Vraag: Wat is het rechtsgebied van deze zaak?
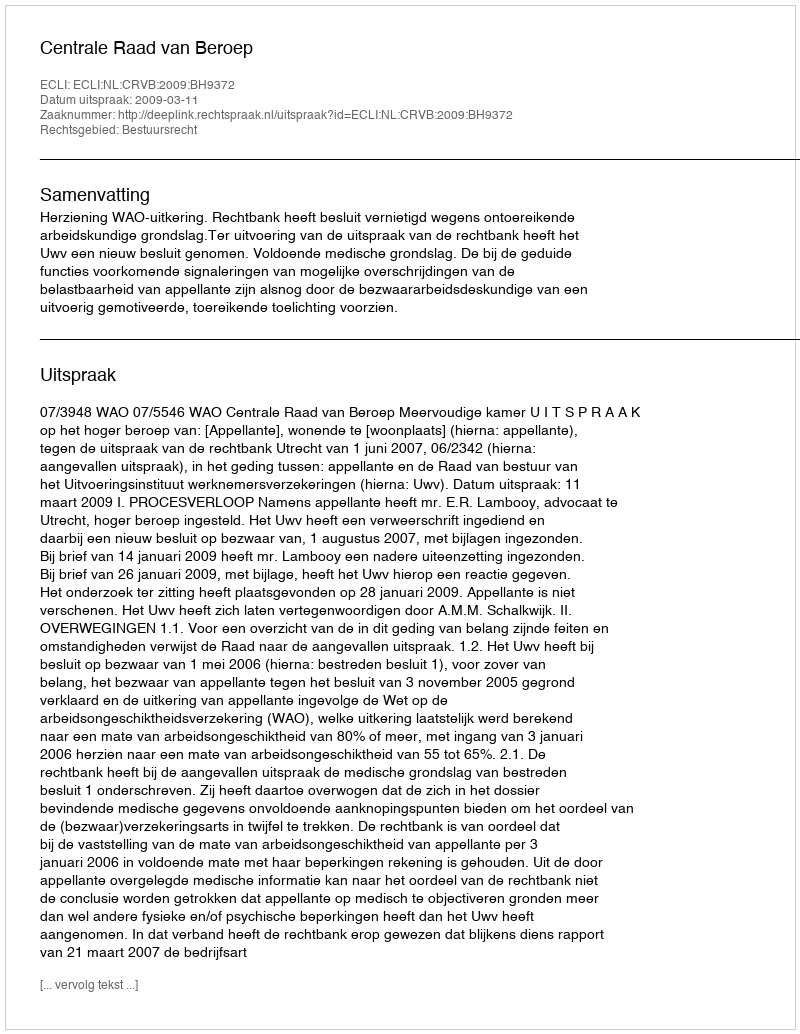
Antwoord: Bestuursrecht